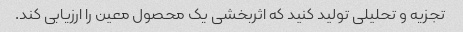
تجزیه و تحلیلی تولید کنید که اثربخشی یک محصول معین را ارزیابی کند.